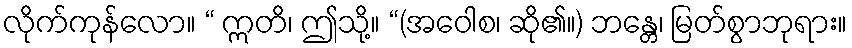
လိုက်ကုန်လော။ “ ဣတိ၊ ဤသို့။ “(အဝေါစ၊ ဆို၏။) ဘန္တေ၊ မြတ်စွာဘုရား။